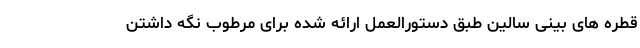
قطره های بینی سالین طبق دستورالعمل ارائه شده برای مرطوب نگه داشتن